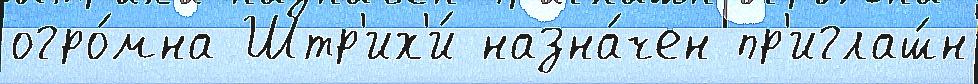
огро́мна Штр'их'и́ назна́чен пр'иглаш́н